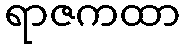
ရာဇကထာ